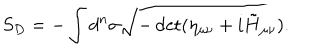
S _ { D } = - \int d ^ { n } \sigma \sqrt { - \det ( \eta _ { \mu \nu } + i \tilde { H } _ { \mu \nu } ) } .